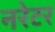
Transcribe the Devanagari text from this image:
नरेटर